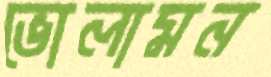
ভোলামন